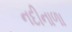
નદીનાળા